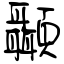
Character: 顳